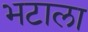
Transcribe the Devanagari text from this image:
भटाला